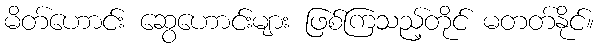
မိတ်ဟောင်း ဆွေဟောင်းများ ဖြစ်ကြသည့်တိုင် မတတ်နိုင်။